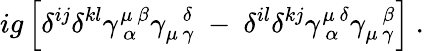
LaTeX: ig\left[\delta^{ij}\delta^{kl}\gamma_{~\alpha}^{\mu~\beta}\gamma_{\mu\, \gamma}^{~~~\delta}~-~\delta^{il}\delta^{kj}\gamma_{~\alpha}^{\mu~\delta}\gamma_{\mu\, \gamma}^{~~~\beta}\right]~.